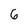
Character: 6